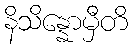
နိသိန္နောမှီတိ